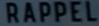
RAPPEL